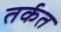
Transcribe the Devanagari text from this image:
तर्कत